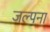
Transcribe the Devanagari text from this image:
जल्पना